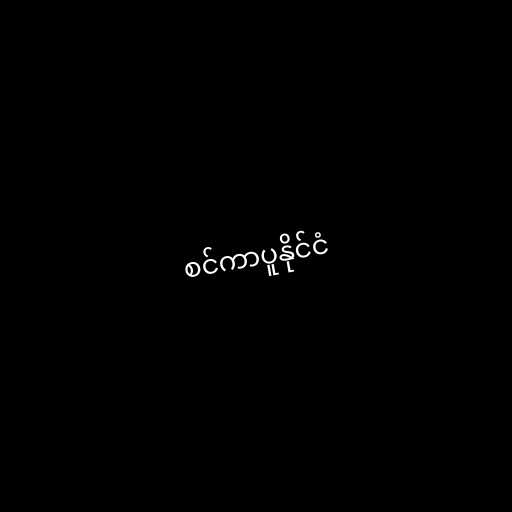
စင်ကာပူနိုင်ငံ